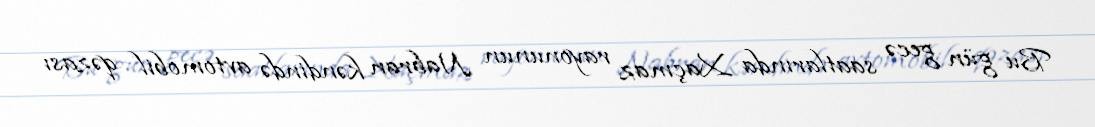
Bu gün gecə saatlarında Xaçmaz rayonunun Nabran kəndində avtomobil qəzası